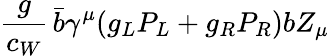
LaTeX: \frac{g}{c_{W}}\, \bar{b}\gamma^{\mu}(g_{L}P_{L}+g_{R}P_{R})bZ_{\mu}